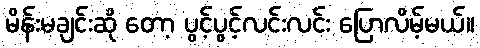
မိန်းမချင်းဆို တော့ ပွင့်ပွင့်လင်းလင်း ပြောလိမ့်မယ်။